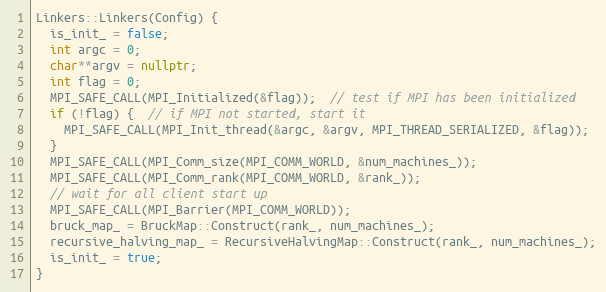
Language: C++
Linkers::Linkers(Config) {
  is_init_ = false;
  int argc = 0;
  char**argv = nullptr;
  int flag = 0;
  MPI_SAFE_CALL(MPI_Initialized(&flag));  // test if MPI has been initialized
  if (!flag) {  // if MPI not started, start it
    MPI_SAFE_CALL(MPI_Init_thread(&argc, &argv, MPI_THREAD_SERIALIZED, &flag));
  }
  MPI_SAFE_CALL(MPI_Comm_size(MPI_COMM_WORLD, &num_machines_));
  MPI_SAFE_CALL(MPI_Comm_rank(MPI_COMM_WORLD, &rank_));
  // wait for all client start up
  MPI_SAFE_CALL(MPI_Barrier(MPI_COMM_WORLD));
  bruck_map_ = BruckMap::Construct(rank_, num_machines_);
  recursive_halving_map_ = RecursiveHalvingMap::Construct(rank_, num_machines_);
  is_init_ = true;
}